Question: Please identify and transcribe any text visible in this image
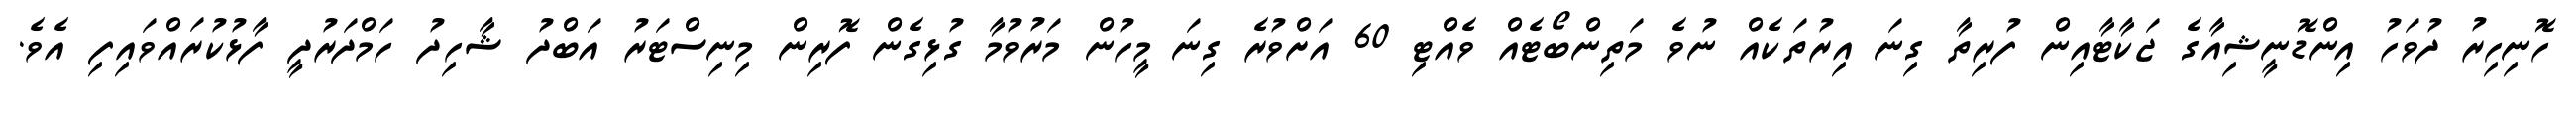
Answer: ހޮނިހިރު ދުވަހު އިންޑޮނީޝިއާގެ ޖަކާޓާއިން ފުރިތާ ގިނަ އިރުތަކެއް ނުވެ މަތިންބޯޓެއް ވެއްޓި 60 އަށްވުރެ ގިނަ މީހުން މަރުވުމާ ގުޅިގެން ފޮރިން މިނިސްޓަރު އަބްދު ޝާހިދު ހަމްދަރުދީ ފާޅުކުރައްވައިފި އެވެ.